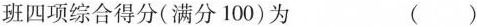
该班四项综合得分(满分100)为 ()